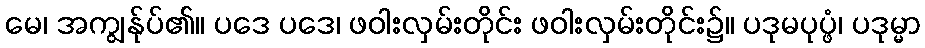
မေ၊ အကျွန်ုပ်၏။ ပဒေ ပဒေ၊ ဖဝါးလှမ်းတိုင်း ဖဝါးလှမ်းတိုင်း၌။ ပဒုမပုပ္ဖံ၊ ပဒုမ္မာ